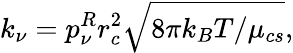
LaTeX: k_{\nu}=p_{\nu}^{R}r_{c}^{2}\sqrt{8\pi k_{B}T/\mu_{cs}},